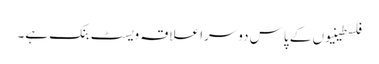
فلسطینیوں کے پاس دوسرا علاقہ ویسٹ بنک ہے۔